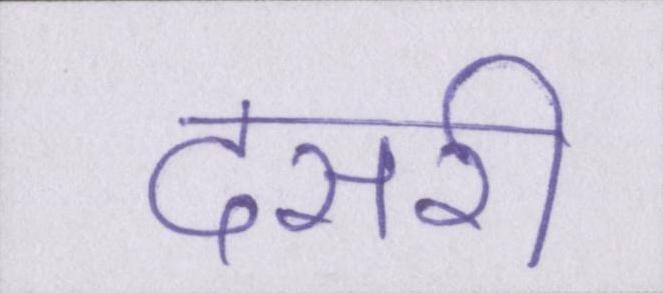
दसरी